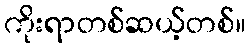
ကိုးရာတစ်ဆယ့်တစ်။